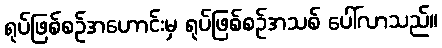
ရုပ်ဖြစ်စဉ်အဟောင်းမှ ရုပ်ဖြစ်စဉ်အသစ် ပေါ်လာသည်။